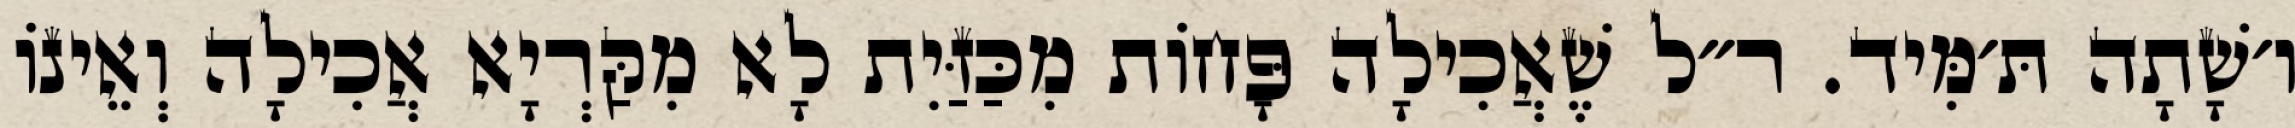
ו׳שָׁתָה תּ׳מִּיד. ר״ל שֶׁאֲכִילָה פָּחוֹת מִכַּזַּיִת לָא מִקַּרְיָא אֲכִילָה וְאֵינוֹ